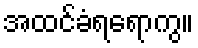
အထင်ခံရရောကွ။